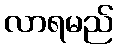
လာရမည်